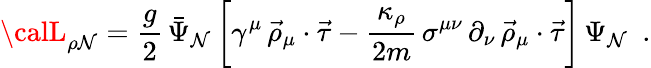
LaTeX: {\calL}_{\rho\mathcal{N}}=\frac{{g}}{{2}}\, \bar{{\Psi}}_{\mathcal{N}}\, \biggl[\gamma^{\mu}\, \vec{{\rho}}_{\mu}\cdot\vec{{\tau}}-\frac{{\kappa_{\rho}}}{{2m}}\, \sigma^{\mu\nu}\, \partial_{\nu}\, \vec{{\rho}}_{\mu}\cdot\vec{{\tau}}\biggr]\, \Psi_{\mathcal{N}}\, \, \, .